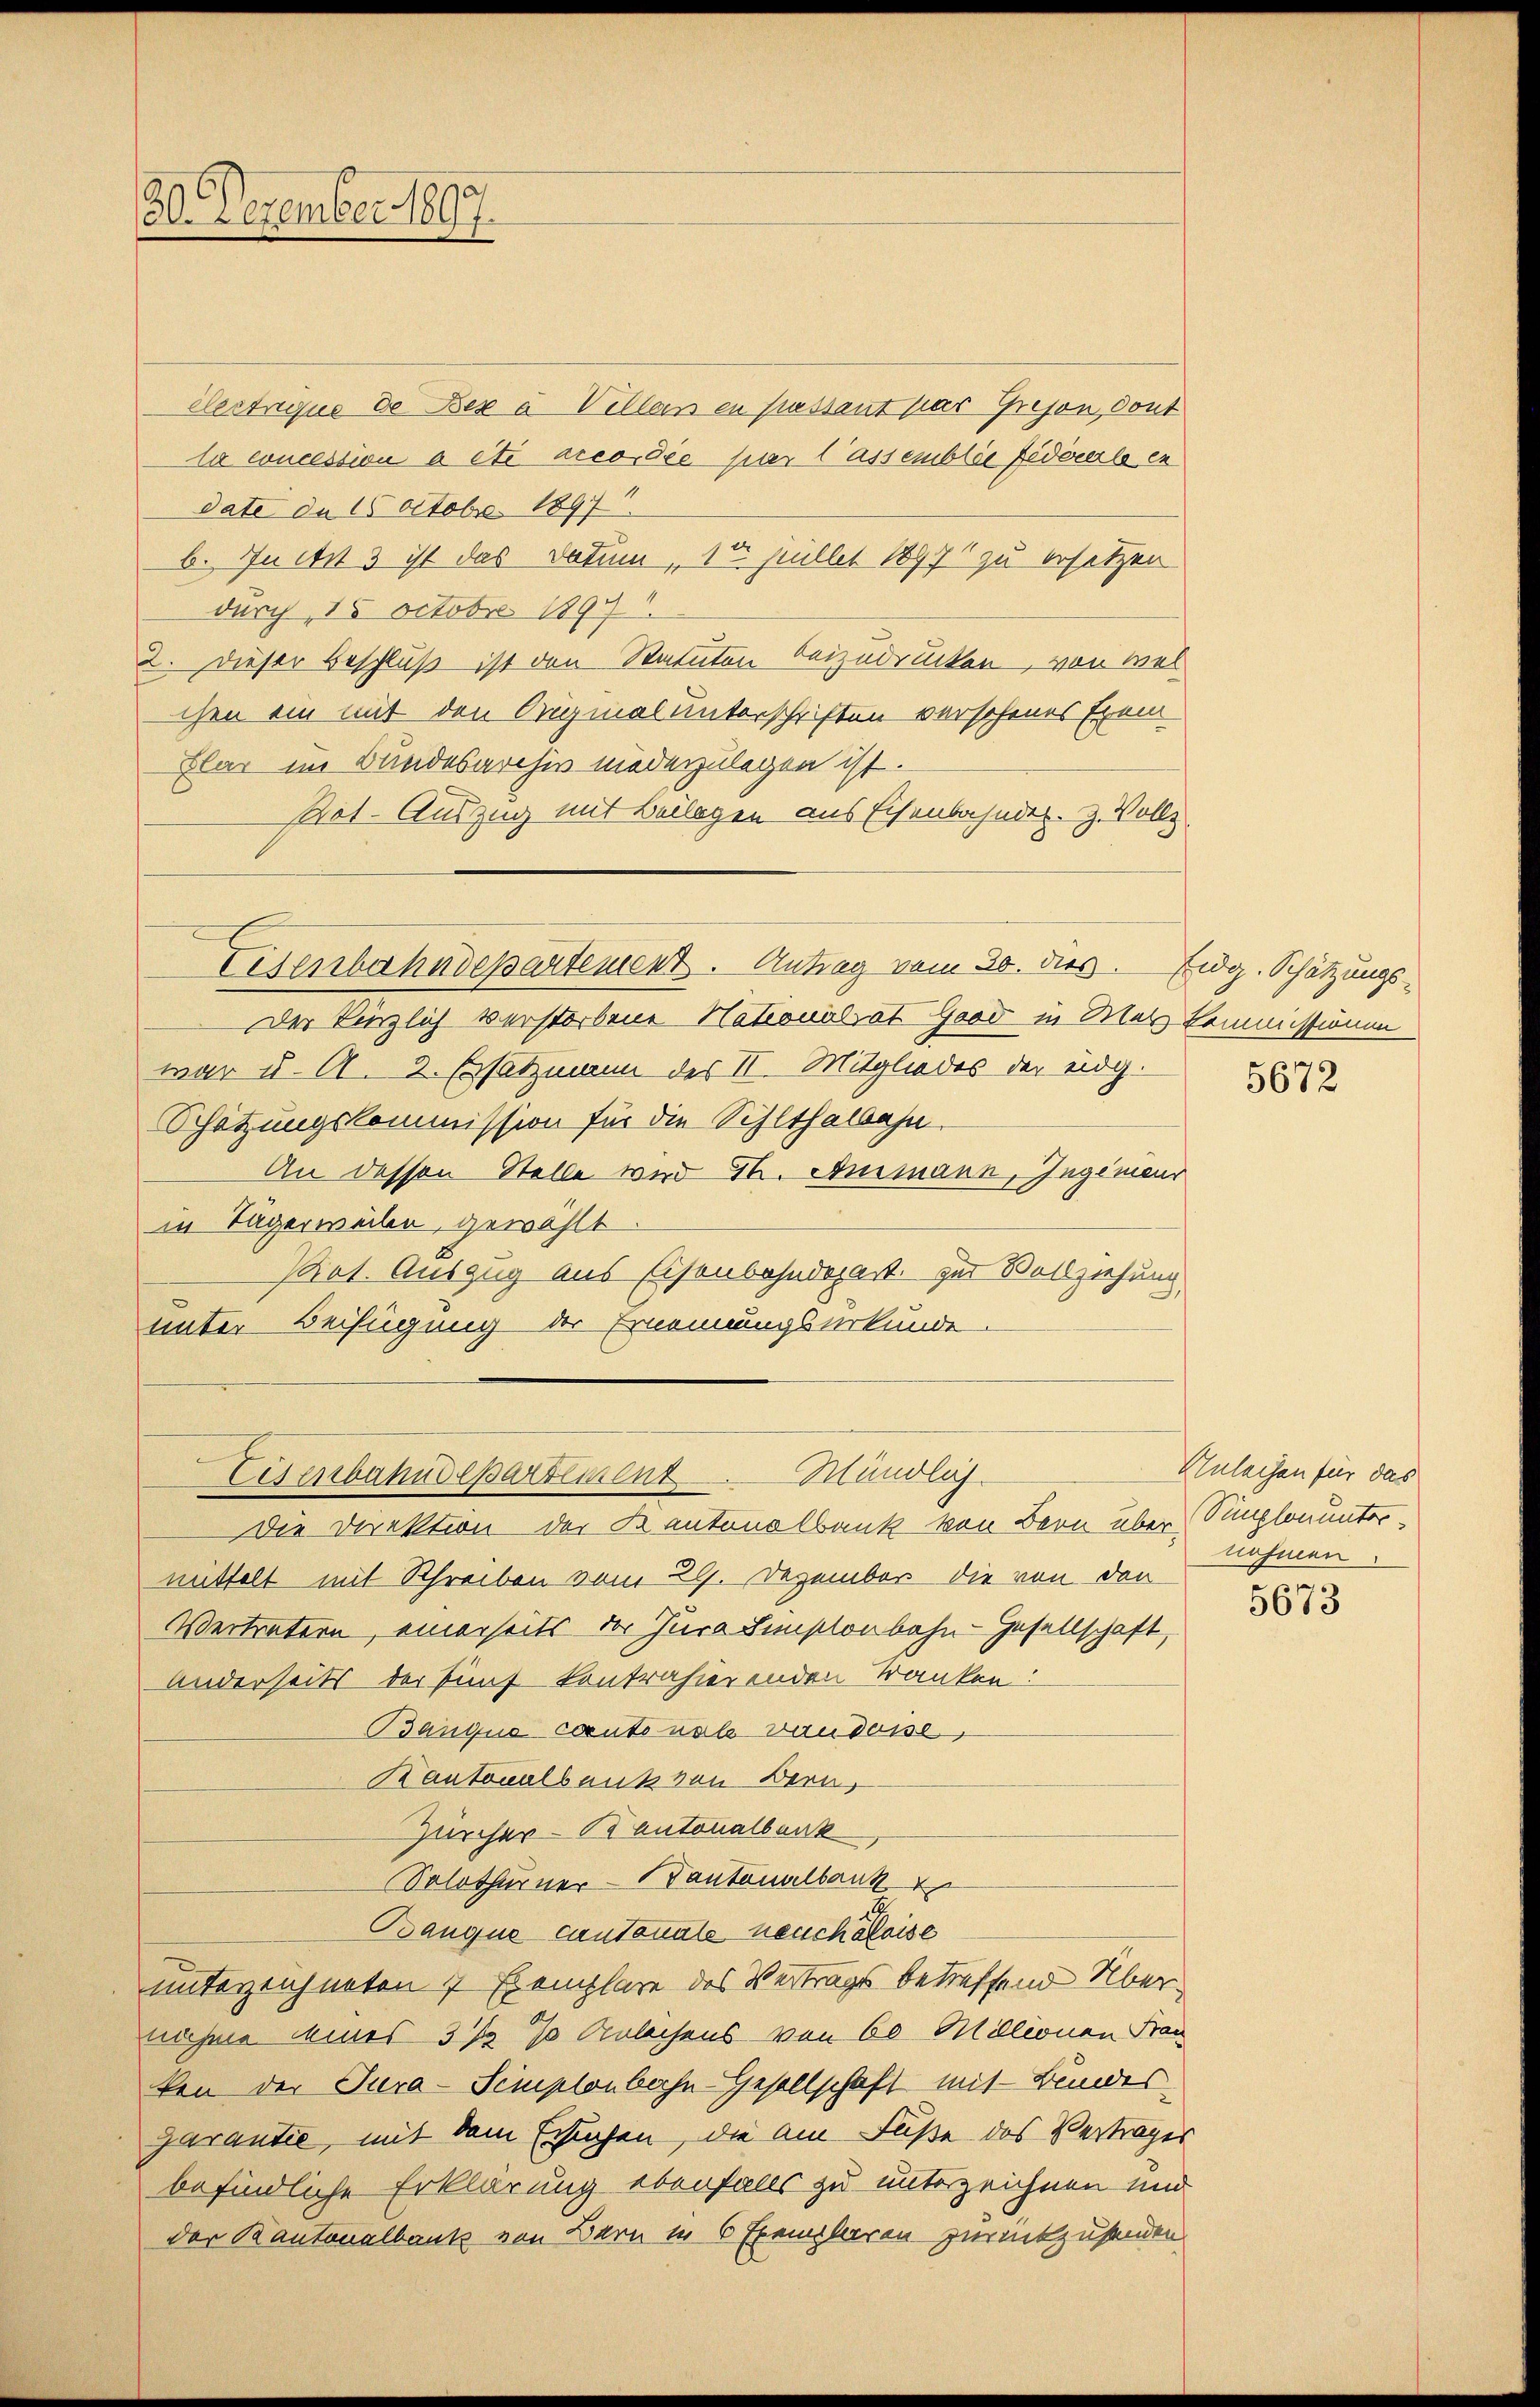
30. Dezember 1897.

clertaque de Bex à Villan en passant pas Grison, dont
la concession a été accordée pier lassemblie Federerle en
date de 16 Octobr. 1897.
b. In ist 3 ist das Datum, 15 pullet 1897 zu ersetzen
durch 15 Octobr 1897
2. Dieser Beschluß ist den Statuten beizudrucken, von wel
chen ein mit den Original unterschriften verschenes Exem
Elar im Bundesarchiv niederzulegen ist.
Pot. Auszug mit Beilagen aus Eisenbahnder. Z. Vollz
Eisenbahndepartement. Antrag vom 20. dies. Eidg. Schätzungs-
Der herzlich verstorbene Nationalrat Good in Mal Kommissionen
war u. A. 2. Ersatzmann des II. Mitgliedes der eidg.
Schätzungskommission für die Sihlthalbahn.
An dessen Stelle wird St. Ammann, Ingenieur
in Tagerweilen, gewählt
Pot. Auszug aus Eisenbahndepart. zur Vollziehung
unter Beifügung der Ernennungsurkunde

Mündlich.
Esenbahndepartement

Die Direktion der Kantonalbank von Bern über Simplonuntermittelt mit Schreiben vom 29. Dezember die von den
Vertretern, einerseits der Jura Simplonbahn-Gesellschaft,
Anderseits der fünf kontrahierenden Kranken:
Banque cantonale vaudoise,
Kantonalbankten Bern,
Zürcher - Kantonalbank
Solothurner Kantonalbank
Banque cantonale heuchaloise
unterzeichneten 7 Exemplare des Vertrages betreffend Übernahme deines 3 1/2 % Anleihens von 60 Millionen Frau
ken der Tura-Simplenbahn-Gesellschaft mit Bundes
garantie, mit dem Ersuchen, die am Fuße des Vertrages
befindliche Erklärung ebenfalls zu unterzeichnen und
der Kantonalbank von Bern in 6 Exemplaren zurückzusenden

5672

Unlachen für das
nahmen

5673